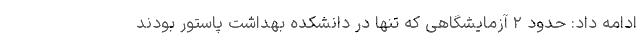
ادامه داد: حدود ۲ آزمایشگاهی که تنها در دانشکده بهداشت پاستور بودند